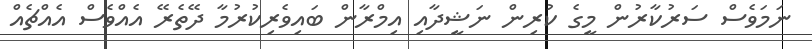
ނަމަވެސް ސަރުކާރުން މީގެ ކުރިން ނަޝީދާއި އިމްރާން ބައިވެރިކުރުމާ ދޭތެރޭ އެއްވެސް އެއްޗެއް